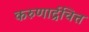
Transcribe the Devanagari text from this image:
करुणार्द्रचित्त